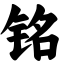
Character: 铭